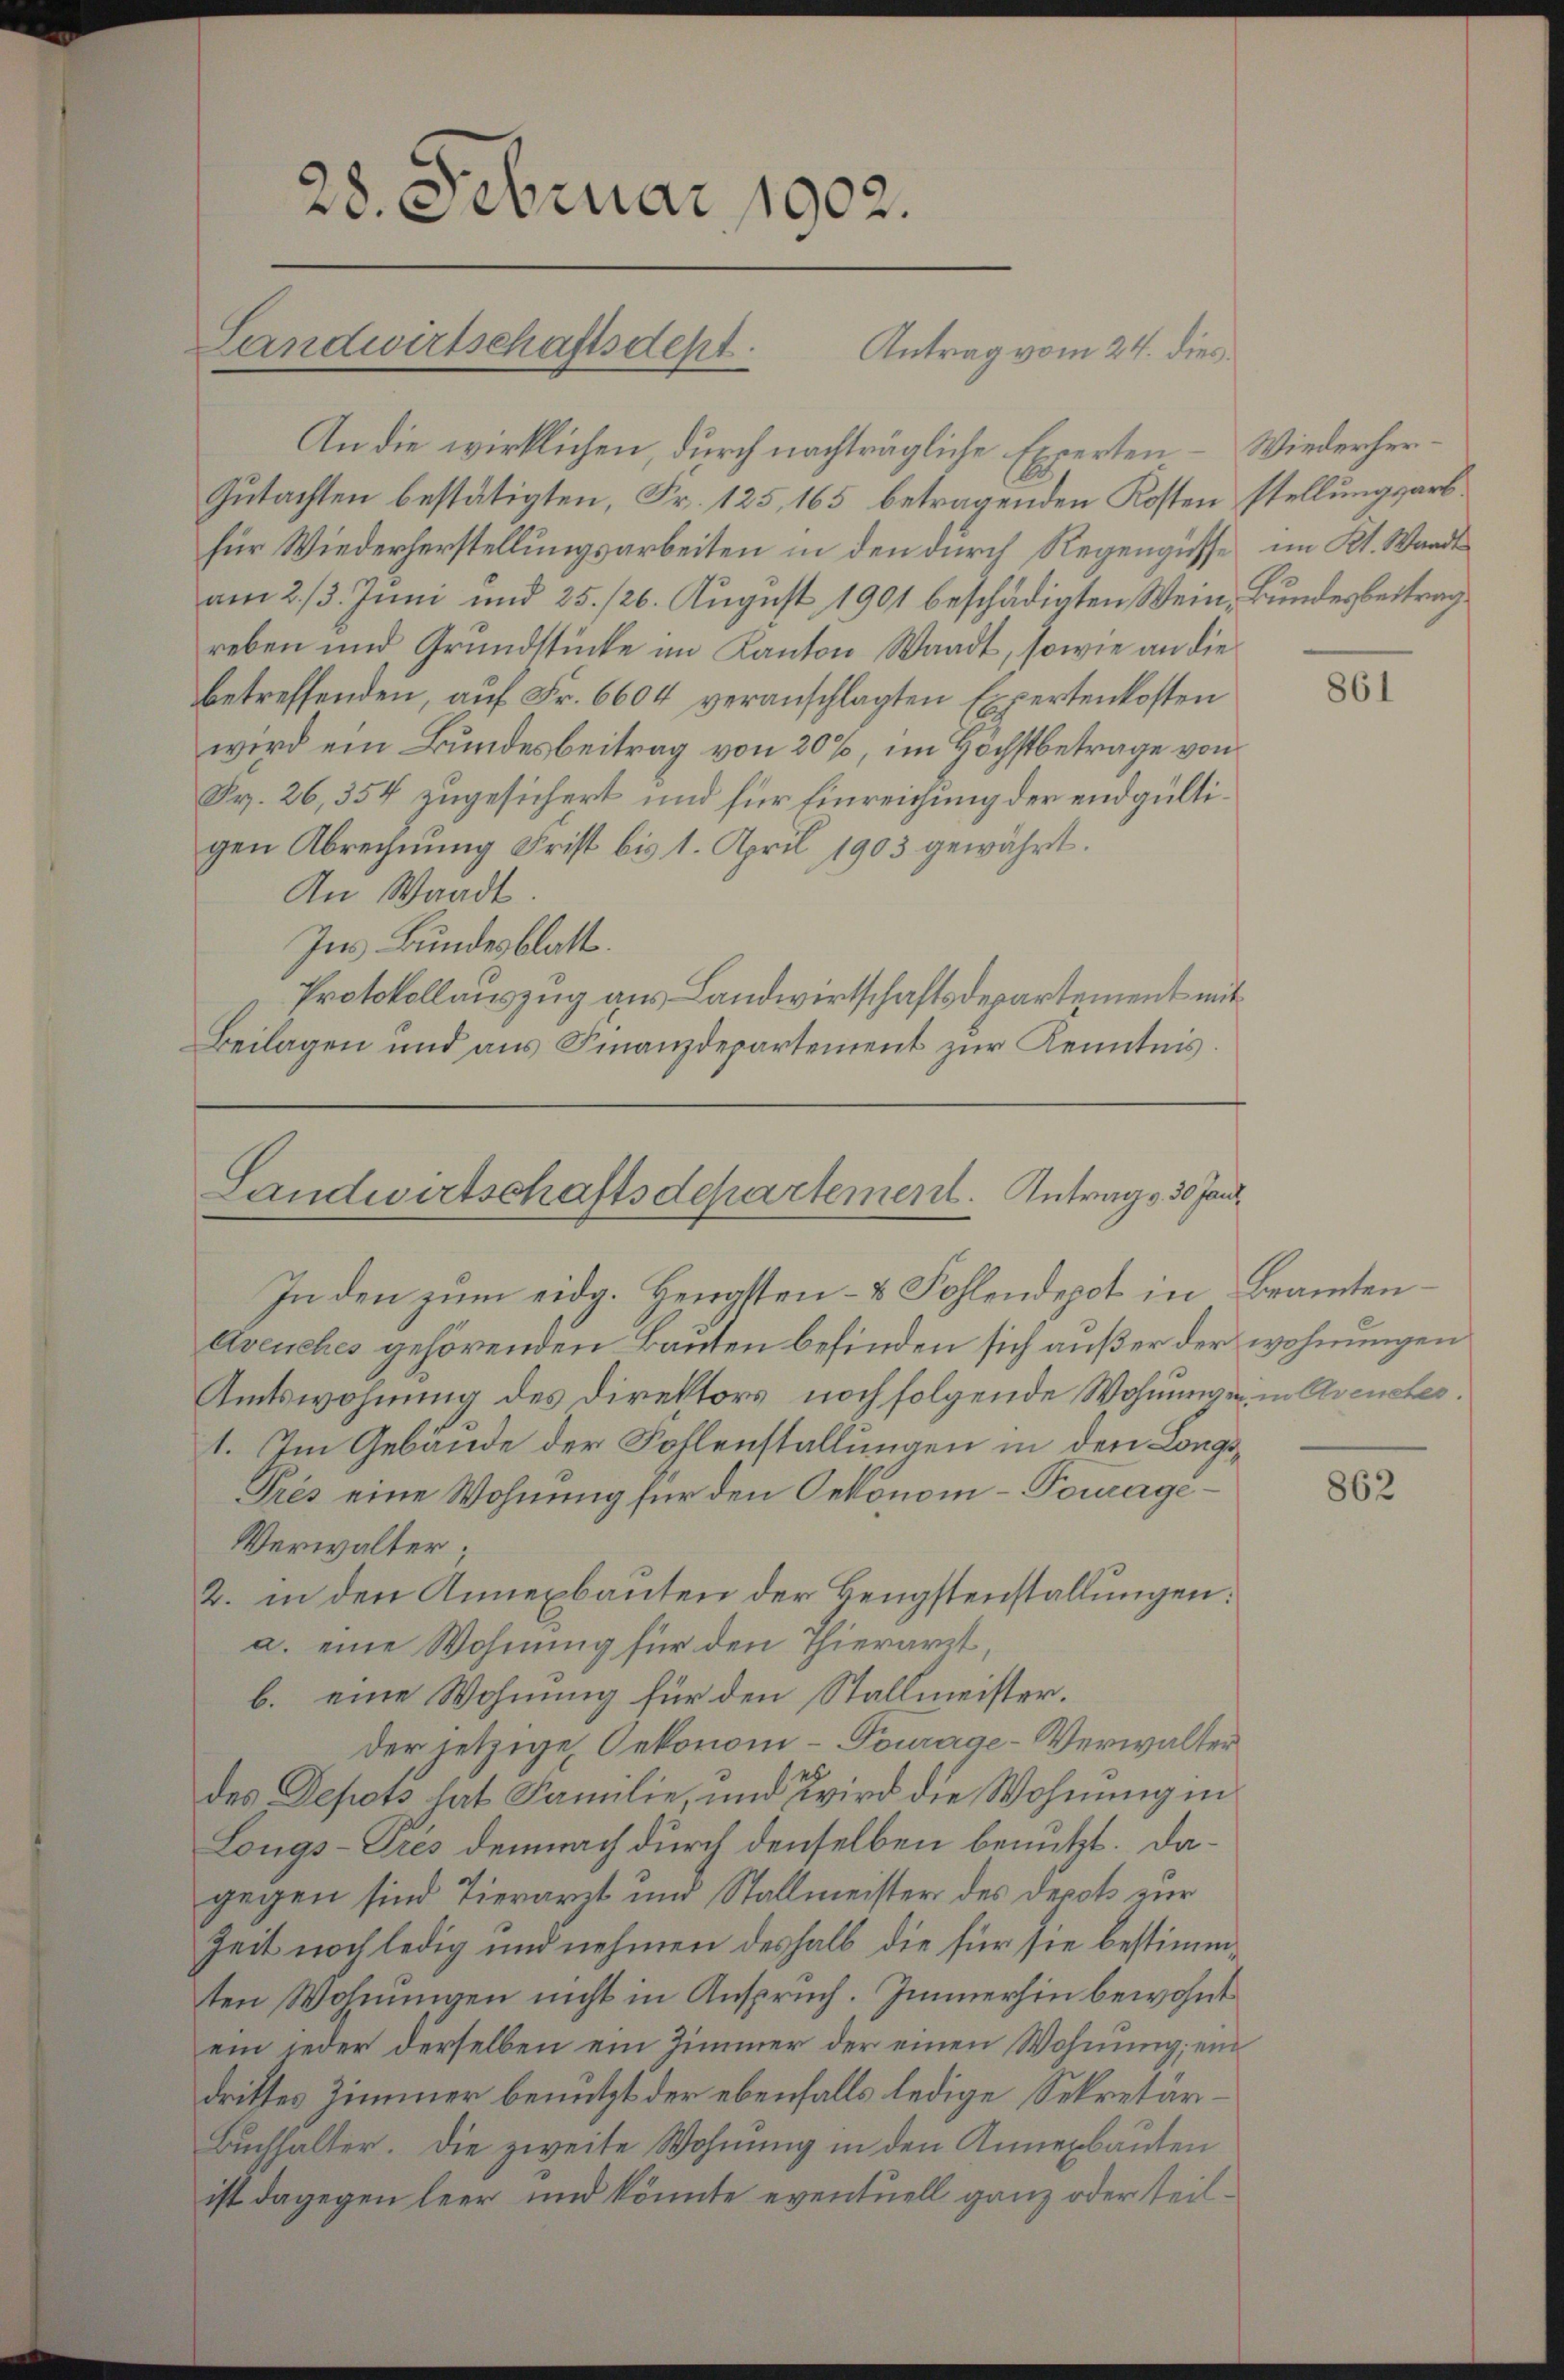
An die wirklichen, durch nachträgliche Experten. Wiederher¬
Gutachten bestätigten, Fr. 125, 165 betragenden Kosten stellungsarbfür Wiederherstellungsarbeiten in den durch Regengüsse im Kt. Waadt
am 2./3. Juni und 25. 126. August 1901 beschädigten Wein, Bundesbeitrag.
reben und Grundstücke im Kanton Waadt, sowie an die
betreffenden, auf Fr. 6604 veranschlagten Expertenkosten
wird ein Bundesbeitrag von 20%, im Höchstbetrage von
Fr. 26, 354 zugesichert und für Einreichung der endgültigen Abrechnung Frist bis 1. April 1903 gewährt.
An Waadt.
Ins Bundesblatt.
Protokollauszug aus Landwirtschaftsdepartement mit
Beilagen und aus Finanzdepartement zur Kenntnis.

28. Februar 1902.

Landwirtschaftsdest. Antrag vom 24. dies

Landwirtschaftsdepartement. Antrags 30 Jan

In den zum eidg. Hengsten- & Fohlendepot in Beamten¬
Avenches gehörenden Bauten befinden sich außer der wohnungen
Amtswohnung des Direktors noch folgende Wohnungen in Avenches.
1. Im Gebäude der Fohlenstallungen in den Longs¬
Près eine Wohnung für den Oekonom-Pomagi¬
Verwalter;
2. in den Annexbauten der Beugstenstallungen:
a. eine Wohnung für den Thierarzt,
b. eine Wohnung für den Stallmeister.
der jetzige Oekonom - Tourage-Verwalter
des Depots hat Familie, und wird die Wohnung in
Longs-Prés demnach durch denselben benutzt. Dagegen sind Tierarzt und Stallmeister des Depot zur
Zeit noch ledig und nehmen deshalb die für sie bestimmten Wohnungen nicht in Anspruch. Immerhin bewohnt
ein jeder derselben ein Zimmer der einen Wohnung; ein
drittes Zimmer benutzt der ebenfalls ledige Sekretär¬
Buchhalter. Die zweite Wohnung in den Annenbauten
ist dagegen leer und könnte eventuell ganz oder teil¬

861

862